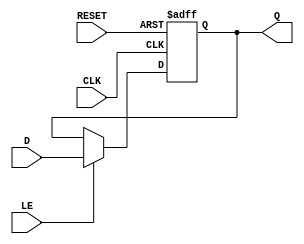
module ControlRegister #(
    parameter WIDTH = 8  // Define the width of the control register (default is 8 bits)
)(
    input wire [WIDTH-1:0] D,      // Data input
    input wire CLK,                 // Clock signal
    input wire RESET,               // Reset signal (active high)
    input wire LE,                  // Load Enable signal
    output reg [WIDTH-1:0] Q        // Data output
);

// Asynchronous reset behavior
always @(posedge CLK or posedge RESET) begin
    if (RESET) begin
        Q <= {WIDTH{1'b0}};          // Reset the register to 0
    end else if (LE) begin
        Q <= D;                      // Load data into the register
    end
    // If neither RESET nor LE is asserted, Q retains its previous value
end

endmodule